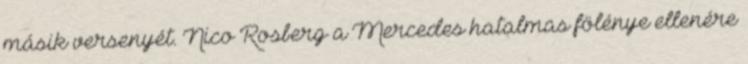
másik versenyét. Nico Rosberg a Mercedes hatalmas fölénye ellenére